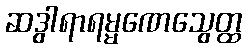
ဆဒွါရာရမ္မဏေသွေတ္ထ